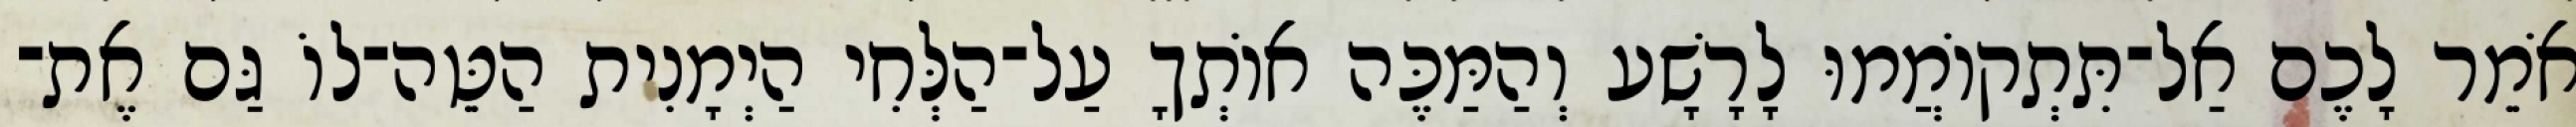
אֹמֵר לָכֶם אַל־תִּתְקוֹמֲמוּ לָרָשָׁע וְהַמַּכֶּה אוֹתְךָ עַל־הַלְּחִי הַיְמָנִית הַטֵּה־לוֹ גַּם אֶת־